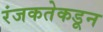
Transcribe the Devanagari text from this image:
रंजकतेकडून